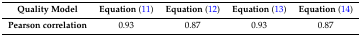
<table><thead><tr><td><b>Quality Model</b></td><td><b>Equation (11)</b></td><td><b>Equation (12)</b></td><td><b>Equation (13)</b></td><td><b>Equation (14)</b></td></tr></thead><tbody><tr><td><b>Pearson correlation</b></td><td>0.93</td><td>0.87</td><td>0.93</td><td>0.87</td></tr></tbody></table>